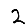
Digit: 2